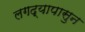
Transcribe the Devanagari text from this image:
लगद्यापासुन